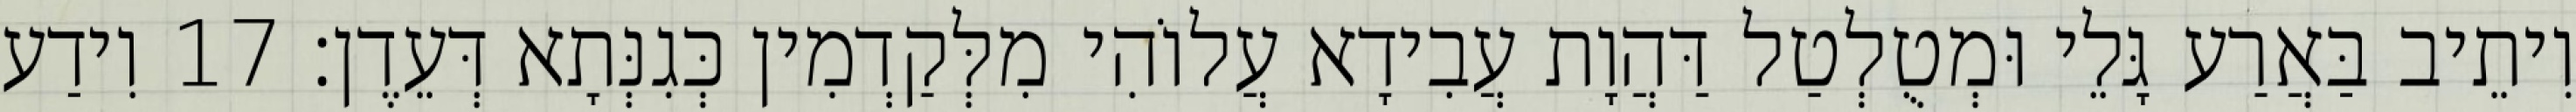
וִיתֵיב בַּאֲרַע גָּלֵי וּמְטֻלְטַל דַּהֲוָת עֲבִידָא עֲלוֹהִי מִלְּקַדְמִין כְּגִנְּתָא דְּעֵדֶן׃ 17 וִידַע